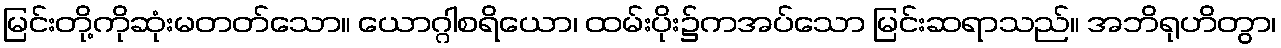
မြင်းတို့ကိုဆုံးမတတ်သော။ ယောဂ္ဂါစရိယော၊ ထမ်းပိုး၌ကအပ်သော မြင်းဆရာသည်။ အဘိရုဟိတွာ၊